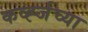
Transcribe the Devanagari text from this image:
कर्व्ह्जच्या